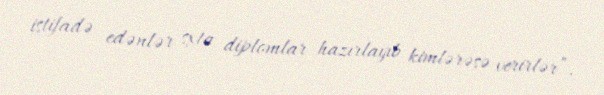
istifadə edənlər sxta diplomlar hazırlayıb kimlərəsə verirlər”.